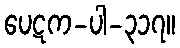
ပေဋက-ပါ-၃၁၇။